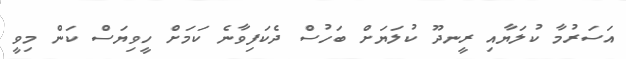
އަސަރުމާ ކުލަޔާއި ރީނދޫ ކުލަޔަށް ބަހުސް ދެކަފިވާނެ ކަމަށް ހީވިޔަސް ކަން މިވީ